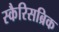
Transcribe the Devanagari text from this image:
स्कैरिसब्रिक